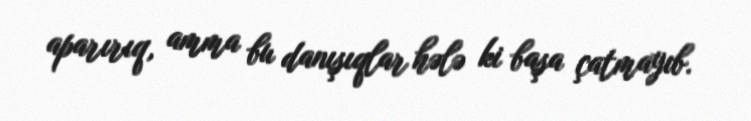
aparırıq, amma bu danışıqlar hələ ki başa çatmayıb.